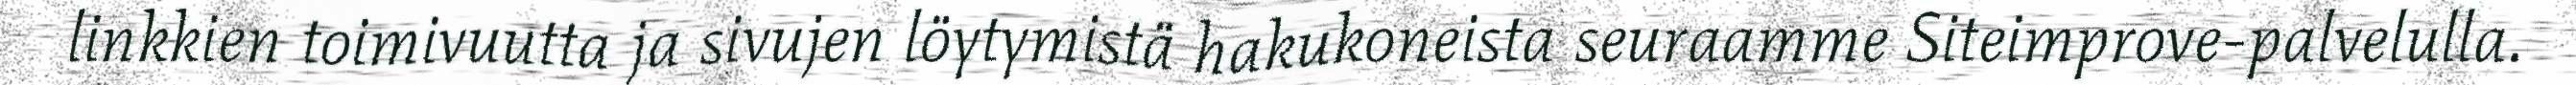
linkkien toimivuutta ja sivujen löytymistä hakukoneista seuraamme Siteimprove-palvelulla.